Annual report of the Civil Veterinary Department, Bengal, for the year 1897-98 - 1897-1898
Year: 1897
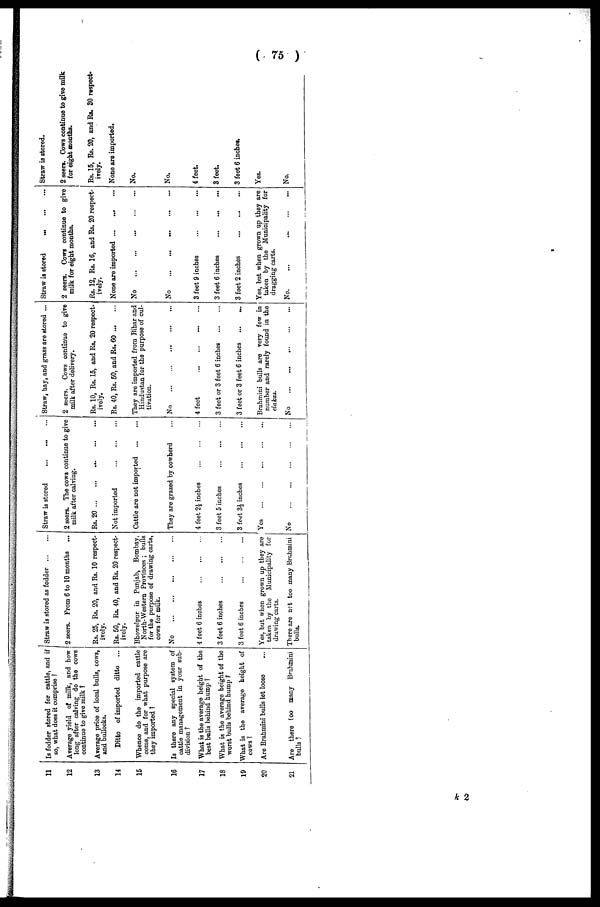
( 75 )
11
12
13
14
15
16
17
18
19
20
21
Is fodder stored for cattle, and if
60, what does it comprise ?
Average yield of milk, and how
long after calving do the cows
continue to give milk ?
Average price of local bulls, cows,
and bullocks.
Ditto of imported ditto
Whence do the imported cattle
come, and for what purpose are
they imported ?
Is there any special system of
cattle management in your sub-
division ?
What is the average height of the
best bulls behind hump ?
What is the average height of the
worst bulls behind hump ?
What is the average height of
cows ?
Are Brahmini bulls let loose ...
Are there too many Brahmini
bulls ?
Straw is stored as fodder
...
...
2 seers. From 6 to 10 months ...
Rs. 25, Rs. 20, and Rs. 10 respect-
ively.
Rs. 50, Rs. 40, and Rs. 20 respect-
ively.
Bhowelpur in Punjab, Bombay,
North-Western Provinces ; bulls
for the purpose of drawing carts,
cows for milk.
No
...
...
...
...
...
4 feet 6 inches ... ... ...
3 feet 6 inches
...
...
...
3 feet 6 inches ... ... ... ...
Yes. but when grown up they are
taken by the Municipality for
drawing carts.
There are not too many Brahmini
bulls.
Straw is stored
...
...
...
2 seers. The cows continue to give
milk after calving.
Rs. 20
...
...
...
...
...
Not imported
...
...
...
Cattle are not imported
...
...
They are grazed by cowherd ...
4 feet 2½ inches
...
...
...
3 feet 5 inches
...
...
...
3 feet 3½ inches ... ... ...
Yes ... ... ... ... ...
No
...
...
...
...
...
Straw, hay, and grass are stored ...
2 seers. Cows continue to give
milk after delivery.
Rs. 10, Rs. 15, and Rs. 20 respect-
ively.
Rs. 40, Rs. 50, and Rs. 60
...
...
They are imported from Bihar and
Hindustan for the purpose of cul-
tivation.
No
...
...
...
...
...
4 feet
...
...
...
...
3 feet or 3 feet 6 inches
...
...
3 feet or 3 feet 6 inches
...
...
Brahmini bulls are very few in
number and rarely found in the
elakas.
No
...
...
...
...
...
i
Straw is stored
...
...
...
2 seers. Cows continue to give
milk for eight months.
Rs. 12, Rs. 16, and Rs. 20 respect-
ively.
None are imported ... ... ...
No
...
...
...
...
...
No
...
...
...
...
...
3 feet 9 inches
...
...
...
3 feet 6 inches
...
...
...
3 feet 2 inches
...
...
...
Yes, but when grown up they are
taken by the Municipality for
dragging carts.
No. ... ... ... ...
Straw is stored.
2 seers. Cows continue to give milk
for eight months.
Rs. 15, Rs. 20, and Rs. 30 respect-
ively.
None are imported.
No.
No.
4 feet.
3 feet.
3 feet 6 inches.
Yes.
No.
k 2